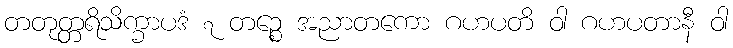
တတုတ္တရိသိက္ခာပဒံ ၇ တဉ္စေ အညာတကော ဂဟပတိ ဝါ ဂဟပတာနီ ဝါ